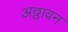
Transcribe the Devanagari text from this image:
अठ्ठावन